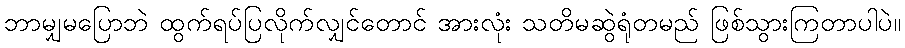
ဘာမျှမပြောဘဲ ထွက်ရပ်ပြလိုက်လျှင်တောင် အားလုံး သတိမဆွဲရုံတမည် ဖြစ်သွားကြတာပါပဲ။